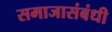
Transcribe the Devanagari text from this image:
समाजासंबंधी